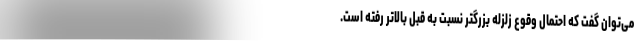
می‌توان گفت که احتمال وقوع زلزله بزرگتر نسبت به قبل بالاتر رفته است.